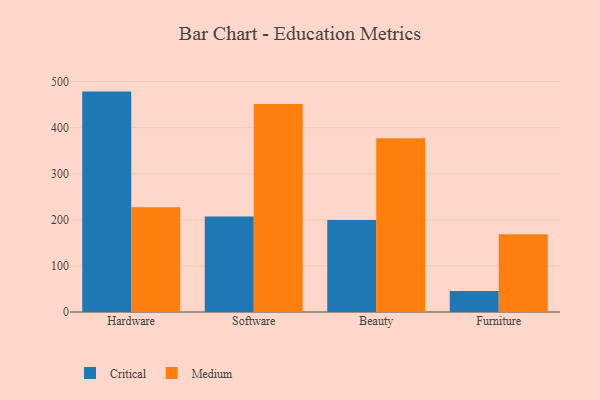
{"axis": {"x": "Category", "y": "Waste Production (Tons)"}, "legend": ["Critical", "Medium"], "data": [{"x": "Hardware", "y": 478.3, "type": "Critical"}, {"x": "Hardware", "y": 227.1, "type": "Medium"}, {"x": "Software", "y": 207.4, "type": "Critical"}, {"x": "Software", "y": 451.5, "type": "Medium"}, {"x": "Beauty", "y": 199.6, "type": "Critical"}, {"x": "Beauty", "y": 376.9, "type": "Medium"}, {"x": "Furniture", "y": 45.8, "type": "Critical"}, {"x": "Furniture", "y": 169.0, "type": "Medium"}]}